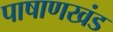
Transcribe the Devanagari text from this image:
पाषाणखंड